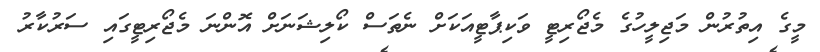
މީގެ އިތުރުން މަޖިލީހުގެ މެޖޯރިޓީ ވަކިޕާޓީއަކަށް ނެތަސް ކޯލިޝަނަށް އޮންނަ މެޖޯރިޓީގައި ސަރުކާރު